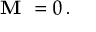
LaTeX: { \textbf { M } } = 0 \, .